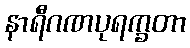
နာရီဂဏပုရက္ခတာ